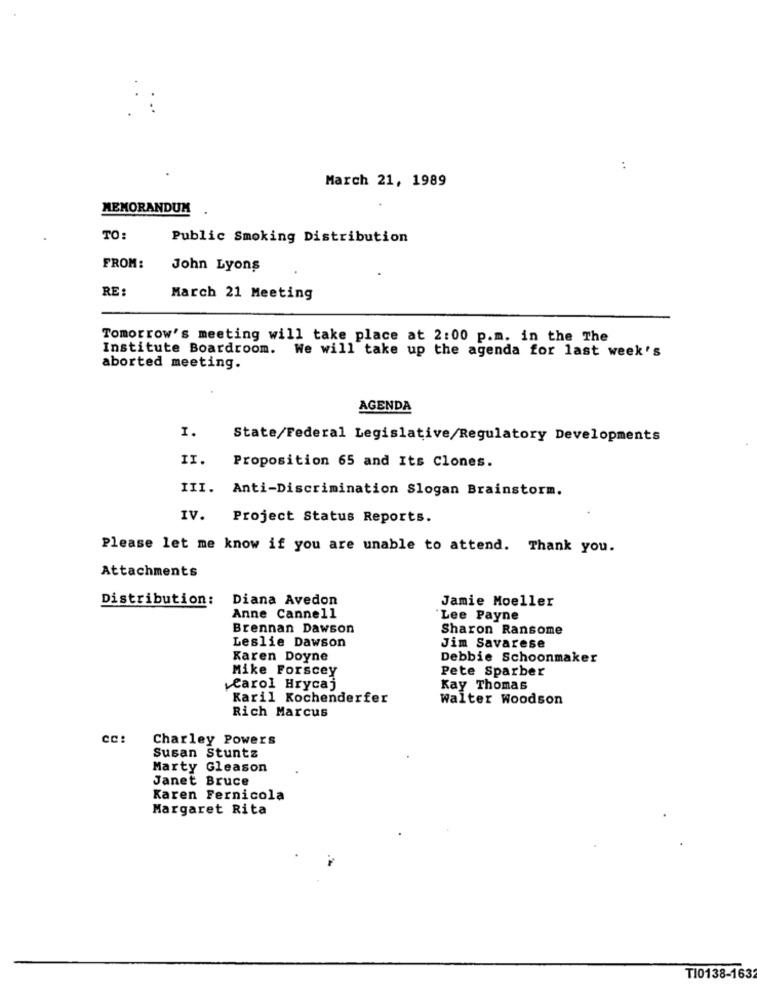
:
March 21, 1989
MEMORANDUM
TO:
Public Smoking Distribution
FROM:
John Lyons
RE:
March 21 Meeting
Tomorrow's meeting will take place at 2:00 p.m. in the The
Institute Boardroom. We will take up the agenda for last week's
aborted meeting.
AGENDA
I.
State/Federal Legislative/Regulatory Developments
II.
Proposition 65 and Its Clones.
III.
Anti-Discrimination Slogan Brainstorm.
IV.
Project Status Reports.
Please let me know if you are unable to attend. Thank you.
Attachments
Distribution:
Diana Avedon
Jamie Moeller
Anne Cannell
Lee Payne
Brennan Dawson
Sharon Ransome
Leslie Dawson
Jim Savarese
Karen Doyne
Debbie Schoonmaker
Mike Forscey
Pete Sparber
Carol Hrycaj
Kay Thomas
Karil Kochenderfer
Walter Woodson
Rich Marcus
CC:
Charley Powers
Susan Stuntz
Marty Gleason
Janet Bruce
Karen Fernicola
Margaret Rita
T10138-1632